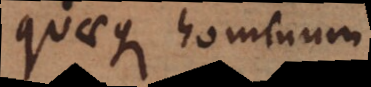
quaeque hominum